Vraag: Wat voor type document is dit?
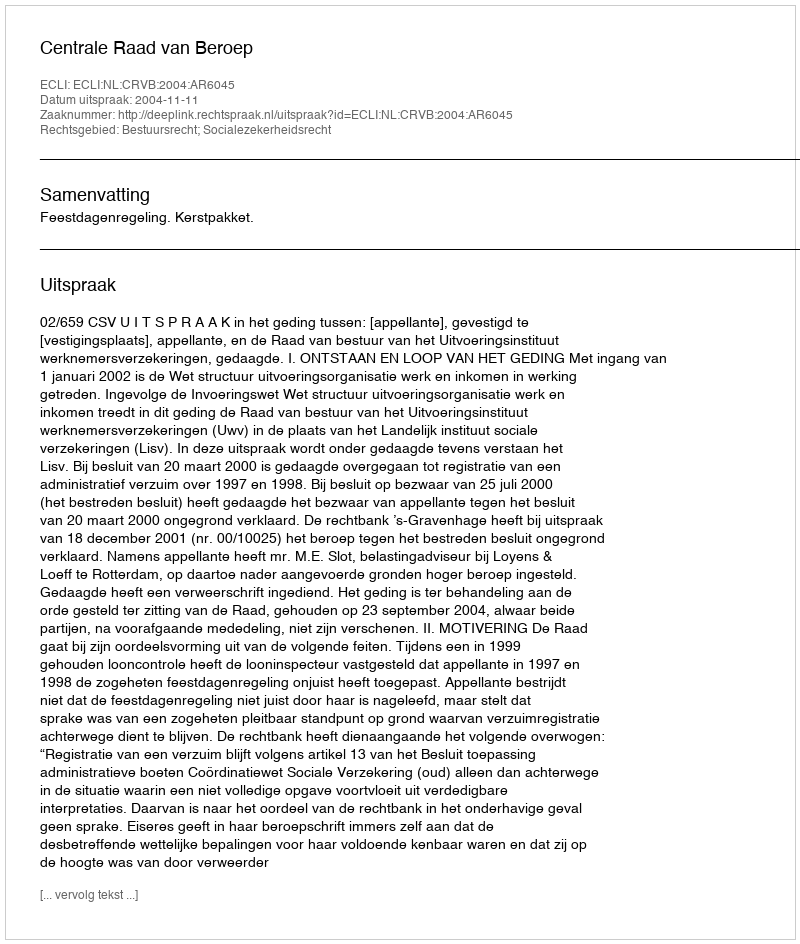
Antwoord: Uitspraak